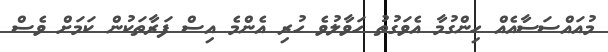
މުއައްސަސާއެއް ހިންގުމާ އެވަގުތު ހަވާލުވެ ހުރި އެންމެ އިސް ފަރާތަކުން ކަމަށް ވެސް